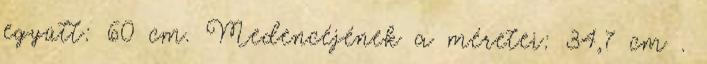
együtt: 60 cm. Medencéjének a méretei: 34,7 cm .